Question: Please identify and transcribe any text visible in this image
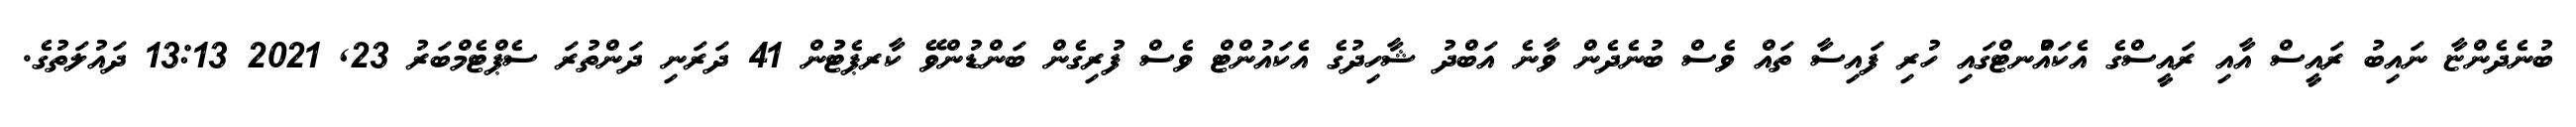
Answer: ބުނެދެންޏާ ނައިބު ރައީސް އާއި ރައީސްގެ އެކައުްނޓްގައި ހުރި ފައިސާ ތައް ވެސް ބުނެދެން ވާނެ އަބްދު ޝާހިދުގެ އެކައުންޓް ވެސް ފުރިގެން ބަންޑުންވޭ ކާރޕެޓުުން 41 ދަރަނި ދަންތުރަ ސެޕްޓެމްބަރު 23, 2021 13:13 ދައުލަތުގެ.